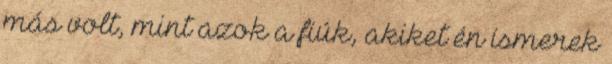
más volt, mint azok a fiúk, akiket én ismerek